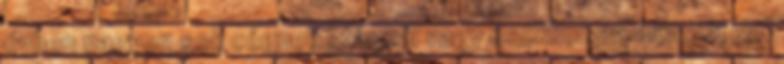
évben nagyon sok cégnek stagnál vagy csökken az árbevétele,